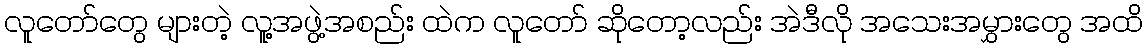
လူတော်တွေ များတဲ့ လူ့အဖွဲ့အစည်း ထဲက လူတော် ဆိုတော့လည်း အဲဒီလို အသေးအမွှားတွေ အထိ